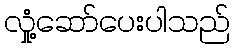
လှုံ့ဆော်ပေးပါသည်